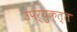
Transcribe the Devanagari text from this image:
उपर्युक्त्त